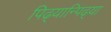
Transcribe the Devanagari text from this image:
पिढ्यान्पिढ्या